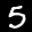
Label: 5